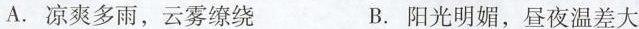
A.凉爽多雨，云雾缭绕 B.阳光明媚，昼夜温差大